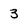
Character: 3